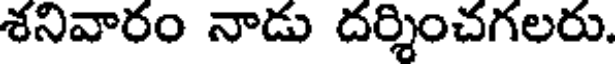
శనివారం నాడు దర్శించగలరు.